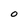
Character: O